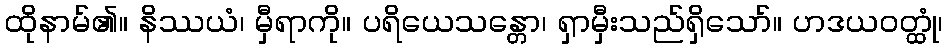
ထိုနာမ်၏။ နိဿယံ၊ မှီရာကို။ ပရိယေသန္တော၊ ရှာမှီးသည်ရှိသော်။ ဟဒယဝတ္ထုံ၊